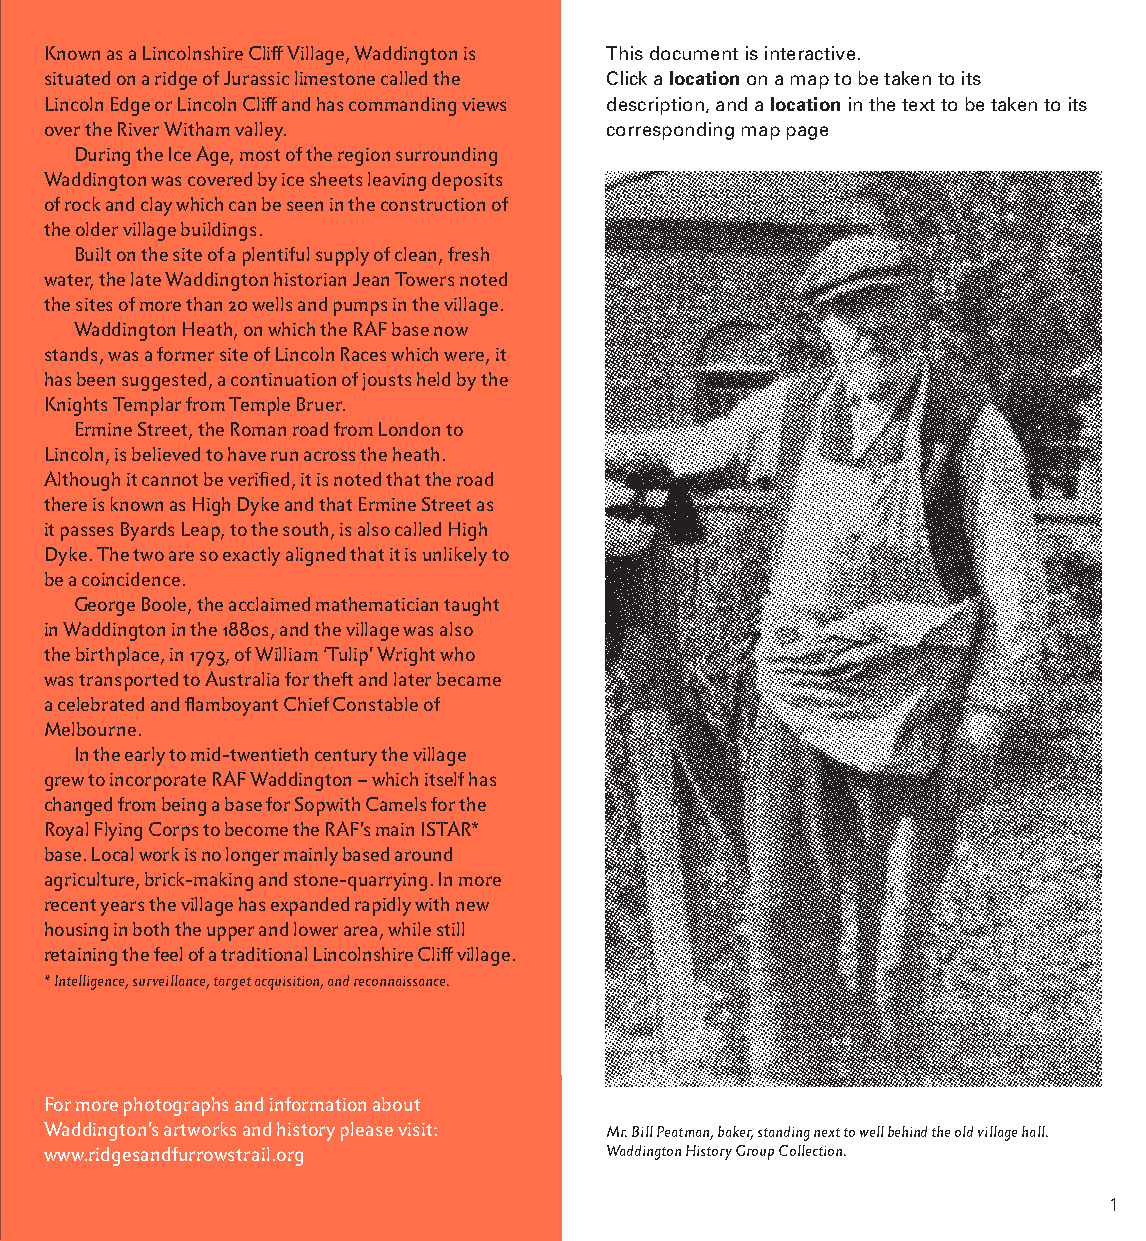
Known as a Lincolnshire Cliff Village, Waddington is This document is interactive.
 situated on a ridge of Jurassic limestone called the Click a location on a map to be taken to its
 Lincoln Edge or Lincoln Cliff and has commanding views description, and a location in the text to be taken to its
 over the River Witham valley.        corresponding map page
 During the Ice Age, most of the region surrounding
 Waddington was covered by ice sheets leaving deposits
 of rock and clay which can be seen in the construction of
 the older village buildings.
 Built on the site of a plentiful supply of clean, fresh
 water, the late Waddington historian Jean Towers noted
 the sites of more than 20 wells and pumps in the village.
 Waddington Heath, on which the RAF base now
 stands, was a former site of Lincoln Races which were, it
 has been suggested, a continuation of jousts held by the
 Knights Templar from Temple Bruer.
 Ermine Street, the Roman road from London to
 Lincoln, is believed to have run across the heath.
 Although it cannot be verified, it is noted that the road
 there is known as High Dyke and that Ermine Street as
 it passes Byards Leap, to the south, is also called High
 Dyke. The two are so exactly aligned that it is unlikely to
 be a coincidence.
 George Boole, the acclaimed mathematician taught
 in Waddington in the 1880s, and the village was also
 the birthplace, in 1793, of William ‘Tulip’ Wright who
 was transported to Australia for theft and later became
 a celebrated and flamboyant Chief Constable of
 Melbourne.
 In the early to mid-twentieth century the village
 grew to incorporate RAF Waddington – which itself has
 changed from being a base for Sopwith Camels for the
 Royal Flying Corps to become the RAF’s main ISTAR*
 base. Local work is no longer mainly based around
 agriculture, brick-making and stone-quarrying. In more
 recent years the village has expanded rapidly with new
 housing in both the upper and lower area, while still
 retaining the feel of a traditional Lincolnshire Cliff village.
 * Intelligence, surveillance, target acquisition, and reconnaissance.
 For more photographs and information about
 Waddington’s artworks and history please visit: Mr. Bill Peatman, baker, standing next to well behind the old village hall.
 www.ridgesandfurrowstrail.org        Waddington History Group Collection.
 1